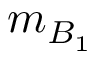
{ m } _ { B _ { 1 } }